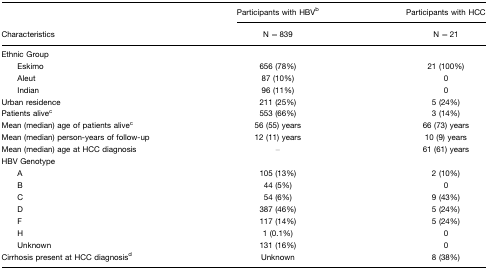
<table><thead><tr><td></td><td><b>Participants with HBVb</b></td><td><b>Participants with HCC</b></td></tr><tr><td><b>Characteristics</b></td><td><b>N=839</b></td><td><b>N=21</b></td></tr></thead><tbody><tr><td>Ethnic Group</td><td></td><td></td></tr><tr><td>Eskimo</td><td>656 (78%)</td><td>21 (100%)</td></tr><tr><td>Aleut</td><td>87 (10%)</td><td>0</td></tr><tr><td>Indian</td><td>96 (11%)</td><td>0</td></tr><tr><td>Urban residence</td><td>211 (25%)</td><td>5 (24%)</td></tr><tr><td>Patients alivec</td><td>553 (66%)</td><td>3 (14%)</td></tr><tr><td>Mean (median) age of patients alivec</td><td>56 (55) years</td><td>66 (73) years</td></tr><tr><td>Mean (median) person-years of follow-up</td><td>12 (11) years</td><td>10 (9) years</td></tr><tr><td>Mean (median) age at HCC diagnosis</td><td>–</td><td>61 (61) years</td></tr><tr><td>HBV Genotype</td><td></td><td></td></tr><tr><td>A</td><td>105 (13%)</td><td>2 (10%)</td></tr><tr><td>B</td><td>44 (5%)</td><td>0</td></tr><tr><td>C</td><td>54 (6%)</td><td>9 (43%)</td></tr><tr><td>D</td><td>387 (46%)</td><td>5 (24%)</td></tr><tr><td>F</td><td>117 (14%)</td><td>5 (24%)</td></tr><tr><td>H</td><td>1 (0.1%)</td><td>0</td></tr><tr><td>Unknown</td><td>131 (16%)</td><td>0</td></tr><tr><td>Cirrhosis present at HCC diagnosisd</td><td>Unknown</td><td>8 (38%)</td></tr></tbody></table>